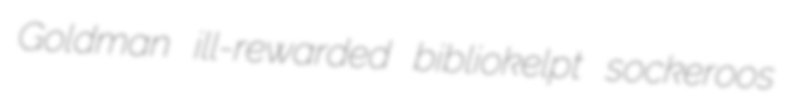
Goldman ill-rewarded bibliokelpt sockeroos